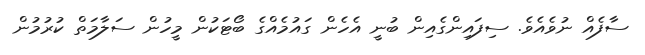
ސާފެއް ނުވެއެވެ. ސިފައިންގެއިން ބުނީ އެހެން ގައުމެއްގެ ބޯޓަކުން މީހުން ސަލާމަތް ކުރުމުން